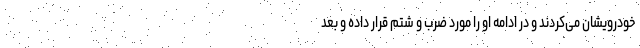
خودرویشان می‌کردند و در ادامه او را مورد ضرب و شتم قرار داده و بعد